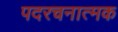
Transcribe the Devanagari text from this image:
पदरचनात्मक